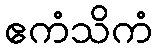
ဧကံသိကံ